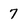
Character: 7